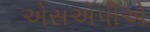
એસએપીએ